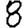
Digit: 8